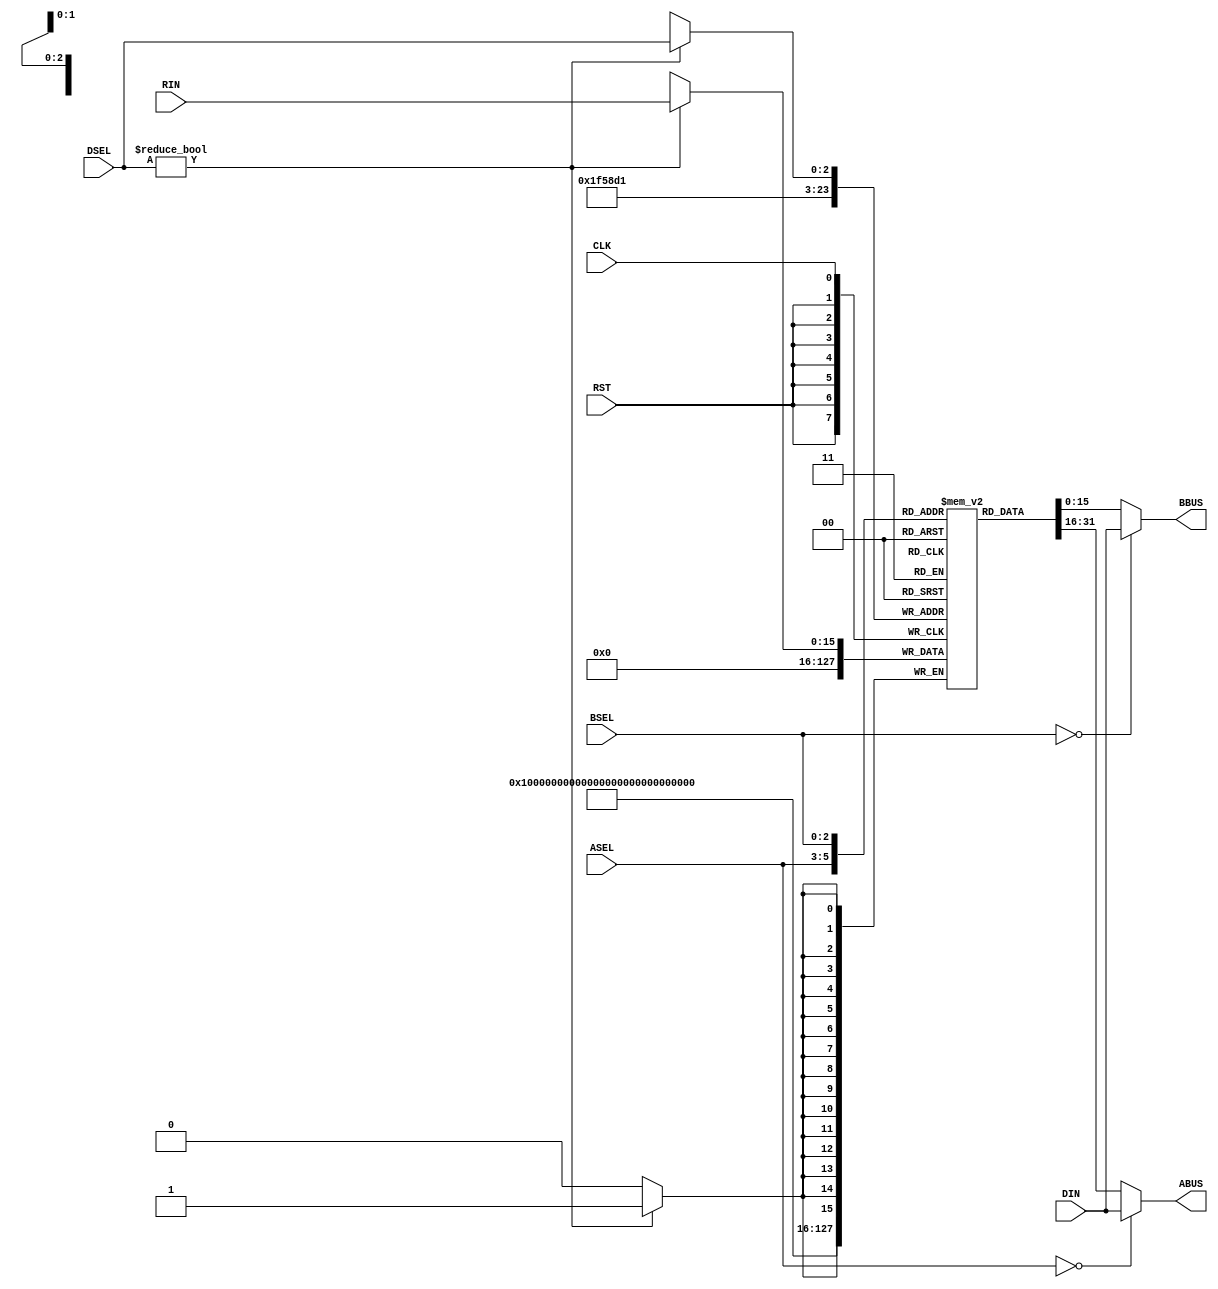
/* regfile.v:
 *
 * Register file for processor.
 * 
 * Contains 7 registers, and muxes to move the data in and out.
 * 
 */

module REGFILE (
   // Outputs
   ABUS, BBUS,
   // Inputs
   ASEL, BSEL, DSEL, DIN, RIN, CLK, RST
   );
   input [2:0]   ASEL,BSEL,DSEL;
   input [15:0]  DIN,RIN;
   output [15:0] ABUS,BBUS;
   input 	 CLK;
   input 	 RST;

reg [15:0] ABUS, BBUS;	
reg [15:0] R [1:7];		// Array of 7 registers 16-bit wide
integer i = 1;			// Used as counter in the for-loop

/* Reset all registers on negative edge of reset signal */
always @(negedge RST)
begin
	for(i = 1; i < 8; i = i + 1)
		R[i] = 0;
end

/* Write RIN into selected register based on value of DSEL, do nothing if DSEL equals 0 */
always @(posedge CLK)
begin

	if(DSEL != 0)
		R[DSEL] = RIN;
		
end

/* Implement ABUS and BBUS MUX's for selecting R1-R7 based on ASEL and BSEL respectively */
/* DIN is passed to the bus if the select line equals 0 */
assign R_vector = {R[1],R[2],R[3],R[4],R[5],R[6],R[7]};// Used in sensitivity list for R
always @(ASEL or BSEL or DIN or R_vector)
begin

	if(ASEL == 0)
		ABUS = DIN;
	else
		ABUS = R[ASEL];

	if(BSEL == 0)
		BBUS = DIN;
	else
		BBUS = R[BSEL];
		
end
   
endmodule // REGFILE